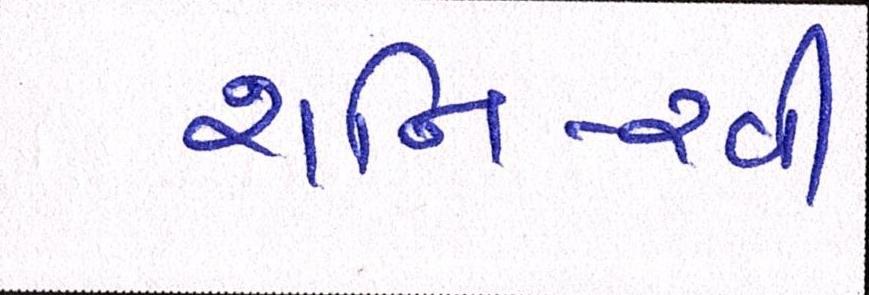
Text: શનિ-રવી